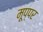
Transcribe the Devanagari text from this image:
मूप्पर